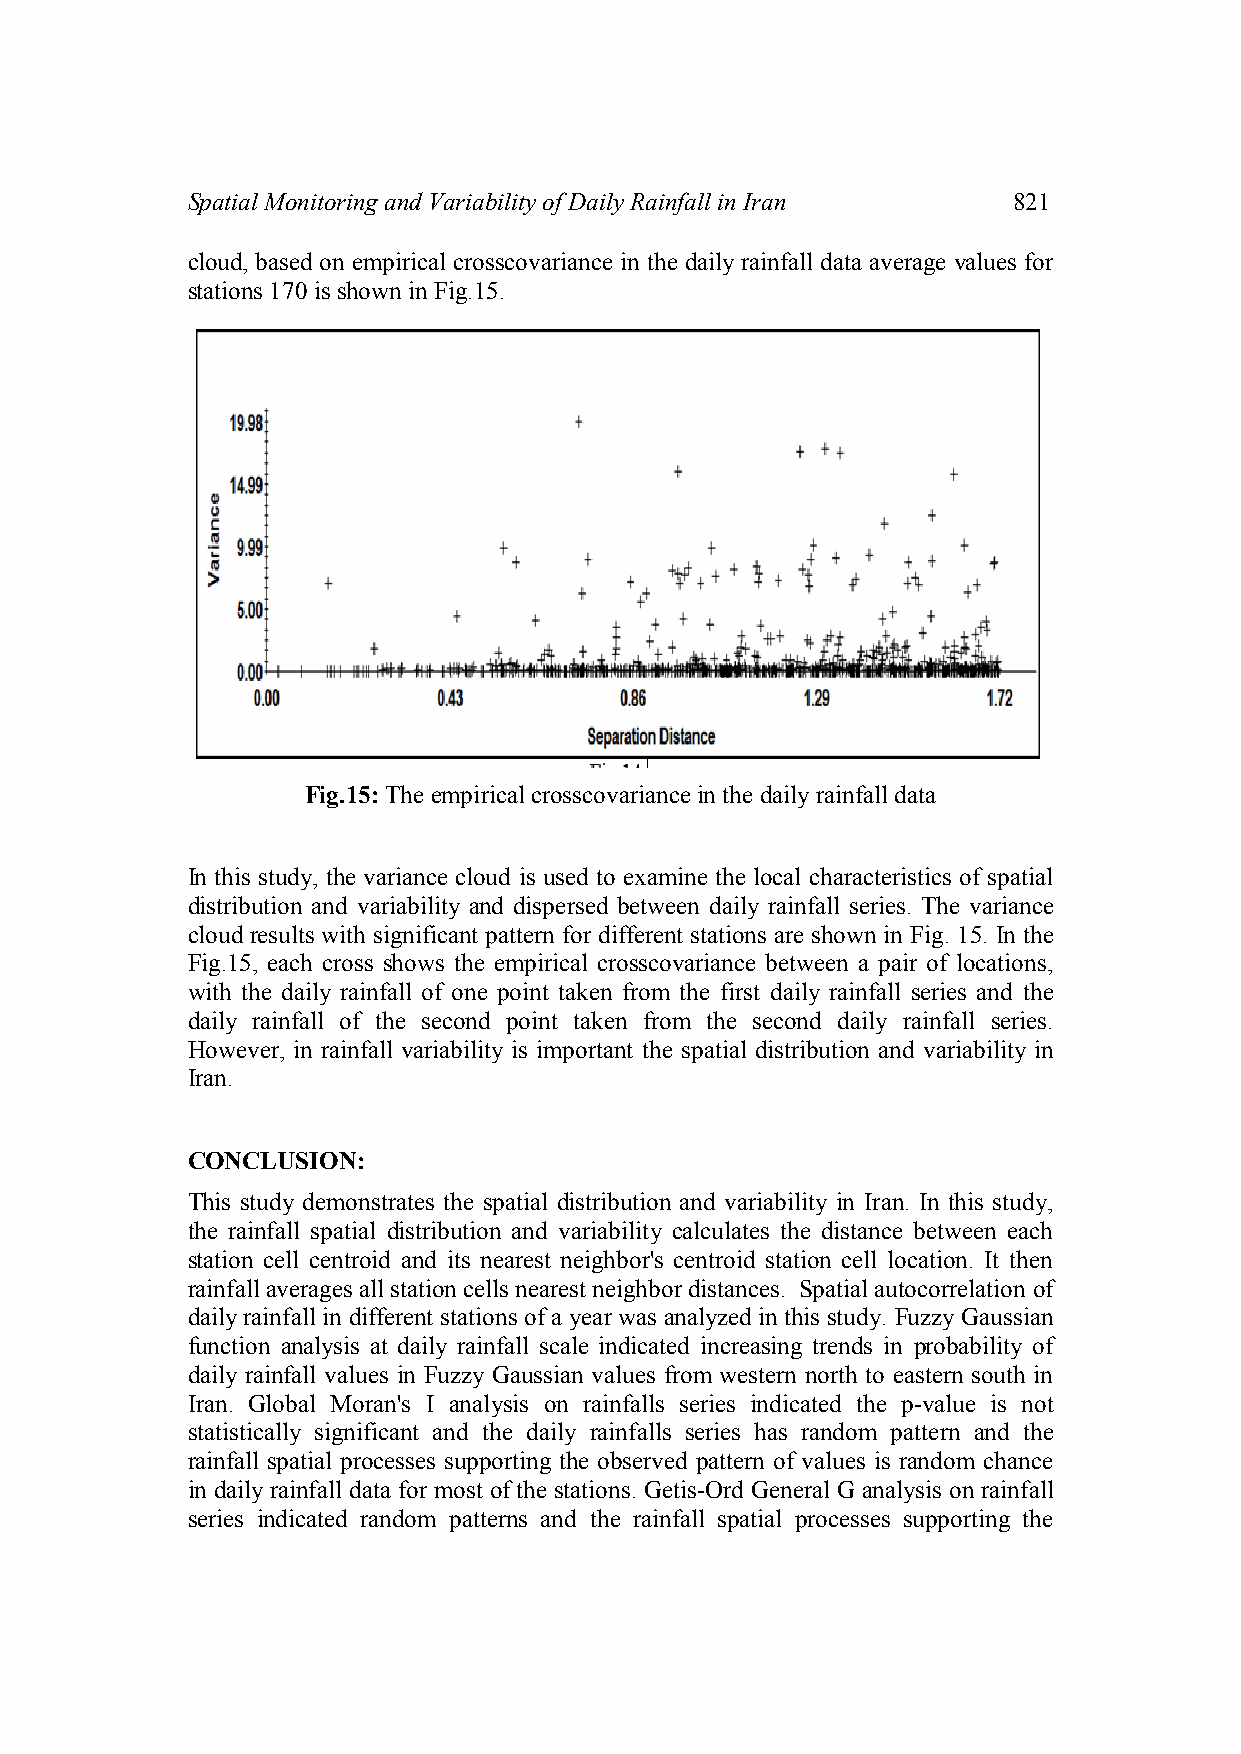
Spatial Monitoring and Variability of Daily Rainfall in Iran 821
 cloud, based on empirical crosscovariance in the daily rainfall data average values for
 stations 170 is shown in Fig.15.
 Fig.15: The empirical crosscovariance in the daily rainfall data
 In this study, the variance cloud is used to examine the local characteristics of spatial
 distribution and variability and dispersed between daily rainfall series. The variance
 cloud results with significant pattern for different stations are shown in Fig. 15. In the
 Fig.15, each cross shows the empirical crosscovariance between a pair of locations,
 with the daily rainfall of one point taken from the first daily rainfall series and the
 daily rainfall of the second point taken from the second daily rainfall series.
 However, in rainfall variability is important the spatial distribution and variability in
 Iran.
 CONCLUSION:
 This study demonstrates the spatial distribution and variability in Iran. In this study,
 the rainfall spatial distribution and variability calculates the distance between each
 station cell centroid and its nearest neighbor's centroid station cell location. It then
 rainfall averages all station cells nearest neighbor distances. Spatial autocorrelation of
 daily rainfall in different stations of a year was analyzed in this study. Fuzzy Gaussian
 function analysis at daily rainfall scale indicated increasing trends in probability of
 daily rainfall values in Fuzzy Gaussian values from western north to eastern south in
 Iran. Global Moran's I analysis on rainfalls series indicated the p-value is not
 statistically significant and the daily rainfalls series has random pattern and the
 rainfall spatial processes supporting the observed pattern of values is random chance
 in daily rainfall data for most of the stations. Getis-Ord General G analysis on rainfall
 series indicated random patterns and the rainfall spatial processes supporting the